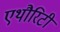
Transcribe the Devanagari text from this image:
एथौरिटी